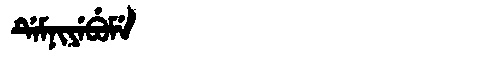
Manchu: ᡩᡝᠮᠨᡳᠶᡝᠪᡠᠮᡝ
Romanization: DEMNIYEBUME